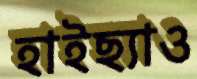
হাইছ্যাও